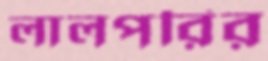
লালপরির